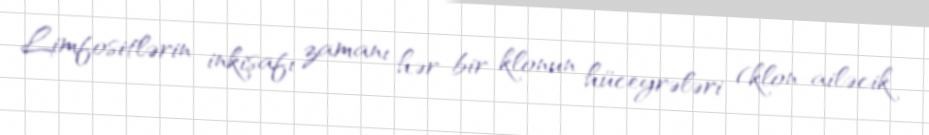
Limfositlərin inkişafı zamanı hər bir klonun hüceyrələri (klon-ailəcik